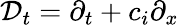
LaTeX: \mathcal{D}_{t}=\partial_{t}+c_{i}\partial_{x}